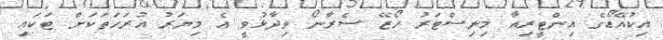
އިކުއޭޑޯގެ އިންޓީރިއާ މިނިސްޓަރު ހޯޒޭ ސެރާނޯ ވިދާޅުވީ އެ މިޔަރު އުރަހަތަކަށް ޓަކައި